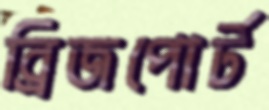
ব্রিজপোর্ট